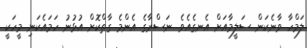
ލަމްހާ ވާނެކަން ސަލީމާއަށް އެނގެއެވެ. ނަސްރާގެ އެންމެ ގާތްކޮށް އުޅުނު ހަމައެކަނި މީހަކީ